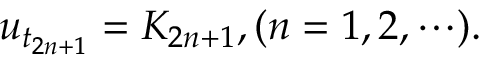
u _ { t _ { 2 n + 1 } } = { \cal K } _ { 2 n + 1 } , ( n = 1 , 2 , \cdots ) .